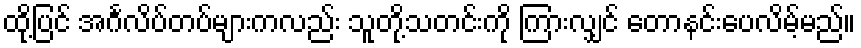
ထို့ပြင် အင်္ဂလိပ်တပ်များကလည်း သူတို့သတင်းကို ကြားလျှင် တောနင်းပေလိမ့်မည်။